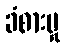
ခံစားမှု